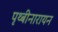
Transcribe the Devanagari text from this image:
पृथ्बीनारायन